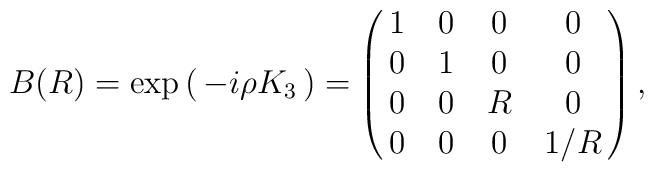
B(R) = \exp \pmatrix{-i\rho K_{3}} =\pmatrix{1&0&0&0 \cr 0&1&0&0 \cr 0&0&R&0 \cr 0&0&0&1/R} ,